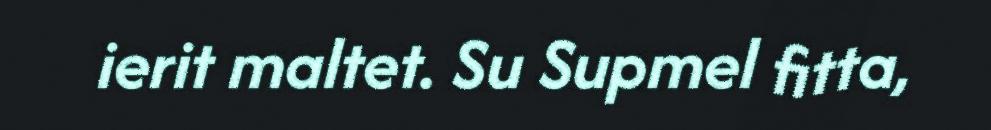
ierit maltet. Su Supmel fitta,